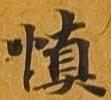
慎